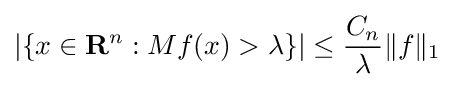
\left|\{x\in \mathbf {R} ^{n}:Mf(x)>\lambda \}\right|\leq {\frac {C_{n}}{\lambda }}\|f\|_{1}